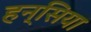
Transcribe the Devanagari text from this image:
हन्सिया